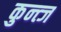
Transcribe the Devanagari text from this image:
कुन्त्ज